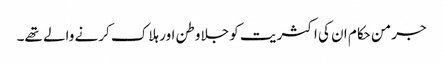
جرمن حکام ان کی اکثریت کو جلاوطن اور ہلاک کرنے والے تھے۔